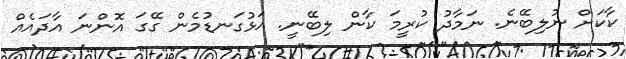
ކާކަށް ނުލިބޭނެ. ނަމާދު ކުރީމަ ކާން ލިބޭނީ. އަޅުގަނޑުމެން ގޭގަ އޮންނަ އާދައެއް